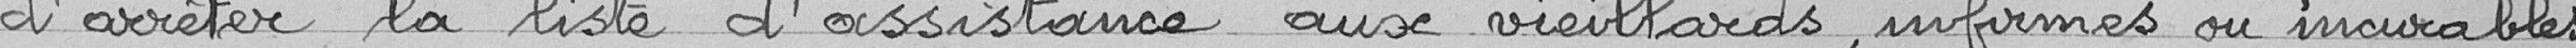
d'arrêter la liste d'assistance aux vieilliards, infirmes ou incurables